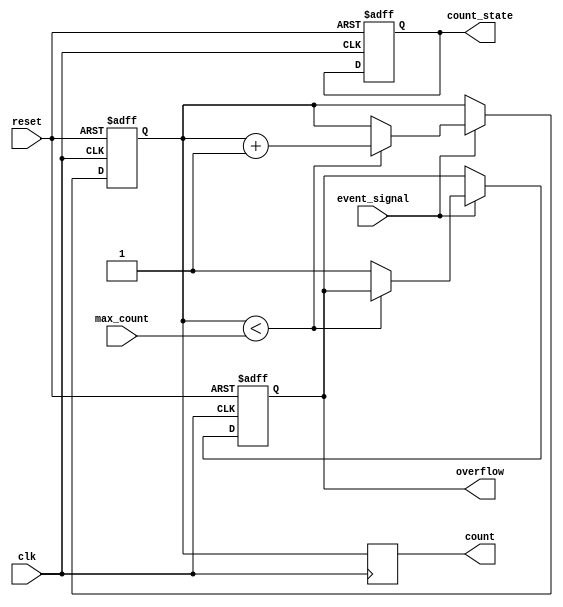
module EventTriggeredCounter (
    input wire clk,                   // Clock input
    input wire reset,                 // Reset signal
    input wire event_signal,          // External event signal to trigger counting
    input wire [7:0] max_count,       // Configuration input for maximum count value
    output reg [7:0] count,            // Current count value
    output reg overflow,              // Overflow status output
    output reg count_state            // Counting state (high when counting)
);

// Internal signals
reg counting;                        // Counting flag
reg [7:0] internal_count;           // Internal count register

// Memory block simulation
reg [7:0] memory_block;             // Memory to store the count
initial begin
    memory_block = 8'b0;            // Initialize the memory block
end

// Counting mechanism
always @(posedge clk or posedge reset) begin
    if (reset) begin
        internal_count <= 8'b0;      // Clear count on reset
        memory_block <= 8'b0;        // Clear memory block
        overflow <= 1'b0;            // Clear overflow status
        counting <= 1'b0;            // Clear counter state
        count_state <= 1'b0;         // Reset counting state
    end else begin
        if (event_signal) begin
            if (internal_count < max_count) begin
                internal_count <= internal_count + 1'b1; // Increment count
                memory_block <= internal_count + 1'b1;   // Store new count in memory
                counting <= 1'b1;        // Update counting state
            end else begin
                overflow <= 1'b1;       // Set overflow if max count is reached
                counting <= 1'b0;       // Stop counting
            end
        end else begin
            counting <= 1'b0;           // Clear counting state if no event
        end
    end
end

// Update count output
always @(posedge clk) begin
    count <= internal_count;          // Update count output
end

endmodule